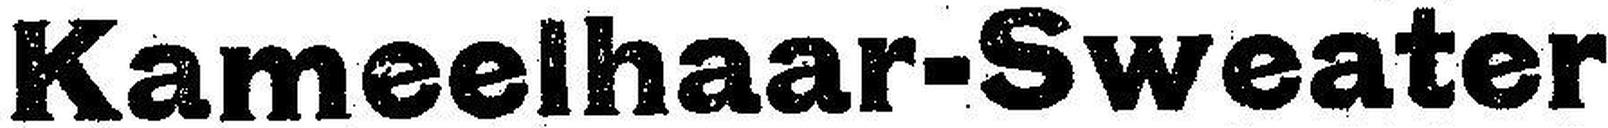
Kameelhaar-Sweater